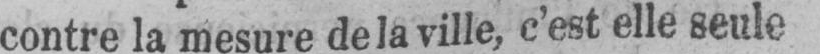
contre la mesure de la ville, c’est elle seule